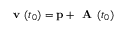
\textbf { v } ( t _ { 0 } ) = \mathbf { p } + \textbf { A } ( t _ { 0 } )